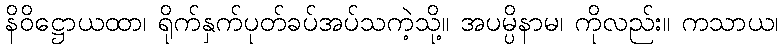
နိဝိဋ္ဌောယထာ၊ ရိုက်နှက်ပုတ်ခပ်အပ်သကဲ့သို့။ အပမ္ပိနာမ၊ ကိုလည်း။ ကသာယ၊